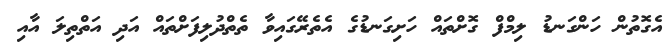
އެގޮތުން ހަންގަނޑު ލިމްފް ގޮށްތައް ހަށިގަނޑުގެ އެތެރޭގައިވާ ތެތްދުލިފަށްތައް އަދި އަތްތިލަ އާއި